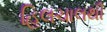
હિલચાલથી